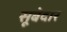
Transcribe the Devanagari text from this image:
सूबेदार